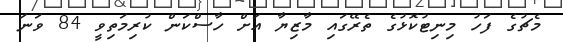
މެޗުގެ ފަހު މިނިޓުކޮޅުގެ ތެރޭގައި މާޒިޔާ އަށް ހާސްކަން ކުރިމަތިވީ 84 ވަނަ